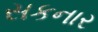
સકનાર